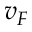
v _ { F }